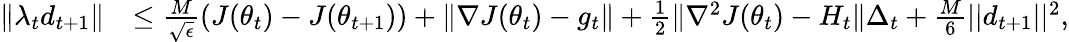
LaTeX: \begin{array}{rl}{\| \lambda_{t}d_{t+1}\| }&{\leq\frac{M}{\sqrt{\epsilon}}(J(\theta_{t})-J(\theta_{t+1}))+\| \nabla J(\theta_{t})-g_{t}\| +\frac{1}{2}\| \nabla^{2}J(\theta_{t})-H_{t}\| \Delta_{t}+\frac{M}{6}||d_{t+1}||^{2},}\end{array}